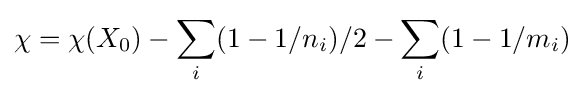
\chi =\chi (X_{0})-\sum _{i}(1-1/n_{i})/2-\sum _{i}(1-1/m_{i})